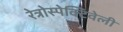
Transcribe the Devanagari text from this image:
रेत्रोस्पेक्टिवेली